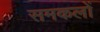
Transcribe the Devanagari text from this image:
समकलों